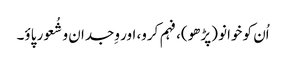
اُن کو خوانو (پڑھو)، فہم کرو، اور وِجدان و شُعور پاؤ۔